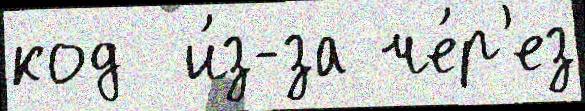
код  и́з-за че́р'ез